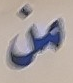
من